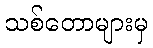
သစ်တောများမှ